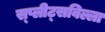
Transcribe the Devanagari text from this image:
स्प्लीट्सविल्ला